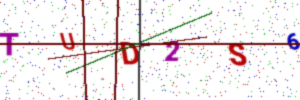
Text: TUD2S6